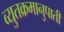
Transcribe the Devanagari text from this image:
व्युतक्रमानुपाती